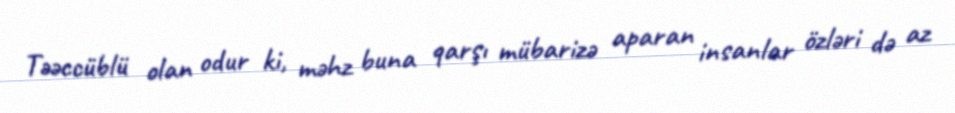
Təəccüblü olan odur ki, məhz buna qarşı mübarizə aparan insanlar özləri də az